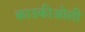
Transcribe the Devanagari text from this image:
काउकीओली